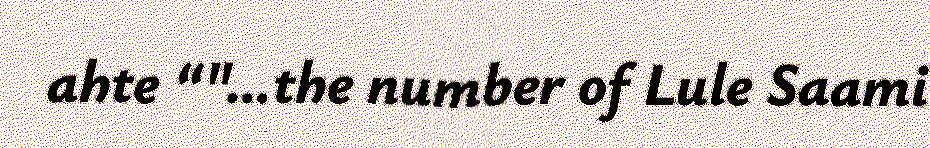
ahte “"…the number of Lule Saami